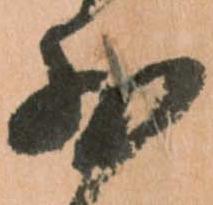
少